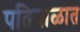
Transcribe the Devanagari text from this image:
पतियाळात